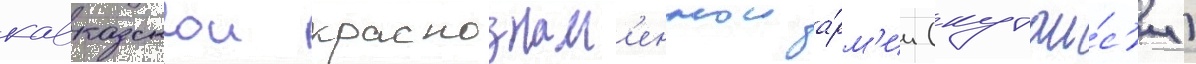
кавказскои краснознам'еннои а́рм'ии (кутаи́с'и)